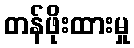
တန်ဖိုးထားမှု